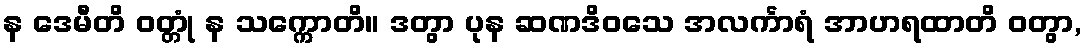
န ဒေမီတိ ဝတ္တုံ န သက္ကောတိ။ ဒတွာ ပုန ဆဏဒိဝသေ အလင်္ကာရံ အာဟရထာတိ ဝတွာ,